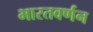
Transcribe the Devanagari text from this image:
भारतवर्णन